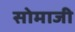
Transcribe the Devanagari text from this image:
सोमाजी